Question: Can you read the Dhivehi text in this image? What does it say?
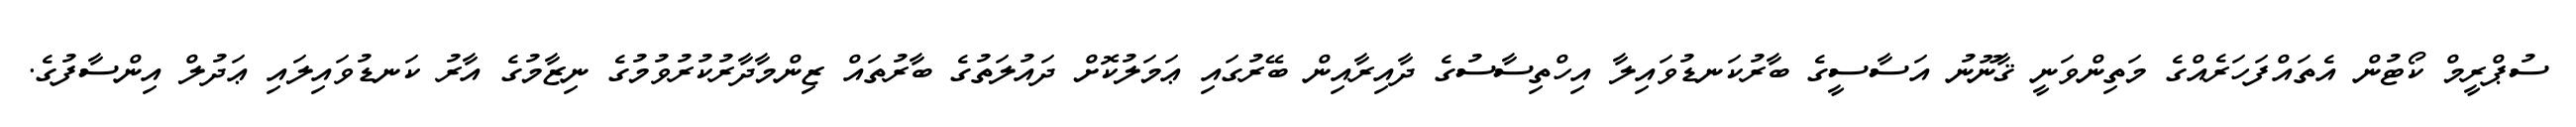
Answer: ސުޕްރީމް ކޯޓުން އެތައްފަހަރެއްގެ މަތިންވަނީ ޤާނޫނު އަސާސީގެ ބާރުކަނޑުވައިލާ އިހްތިސާސުގެ ދާއިރާއިން ބޭރުގައި ޢަމަލުކޮށް ދައުލަތުގެ ބާރުތައް ޒިންމާދާރުކުރުވުމުގެ ނިޒާމުގެ އާރު ކަނޑުވައިލައި ޢަދުލް އިންސާފުގެ.